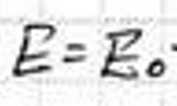
$E = E_0$